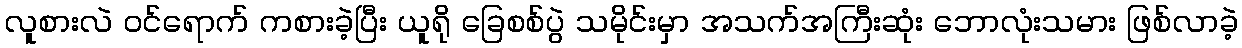
လူစားလဲ ဝင်ရောက် ကစားခဲ့ပြီး ယူရို ခြေစစ်ပွဲ သမိုင်းမှာ အသက်အကြီးဆုံး ဘောလုံးသမား ဖြစ်လာခဲ့